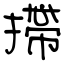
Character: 摕